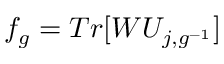
f _ { g } = T r [ W U _ { j , g ^ { - 1 } } ]